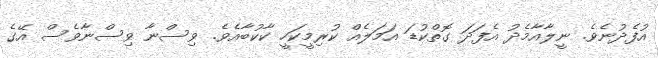
އުފެދުނެވެ. ނީލާއާމެދު އެފަދަ ގޮތްކުޑަ އަމަލެއް ކުރިމީކަހީ ކާކުބާއެވެ. ވިސްނާ ވިސްނާވެސް އޭގެ